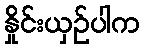
နှိုင်းယှဉ်ပါက